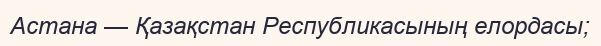
Астана — Қазақстан Республикасының елордасы;